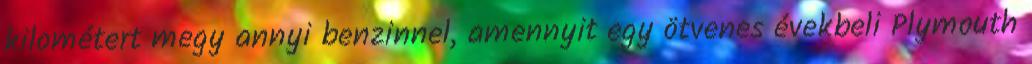
kilométert megy annyi benzinnel, amennyit egy ötvenes évekbeli Plymouth